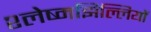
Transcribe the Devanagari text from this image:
श्लेष्मझिल्लियों